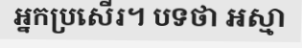
អ្នកប្រសើរ។ បទថា អស្មា